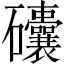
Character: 𥗾